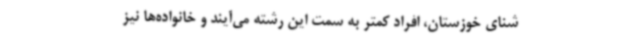
شنای خوزستان، افراد کمتر به سمت این رشته می‌آیند و خانواده‌ها نیز